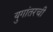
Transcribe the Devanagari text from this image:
युगांतरची